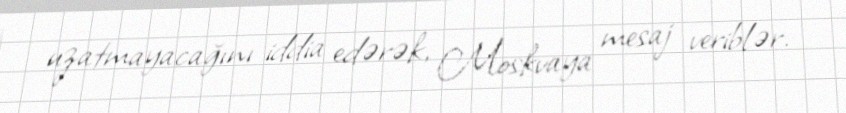
uzatmayacağını iddia edərək, Moskvaya mesaj veriblər.